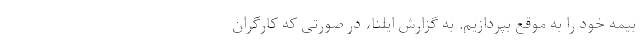
بیمه خود را به موقع بپردازیم. به گزارش ایلنا، در صورتی که کارگران